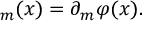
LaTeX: \d u _ { m } ( x ) = \partial _ { m } \varphi ( x ) .